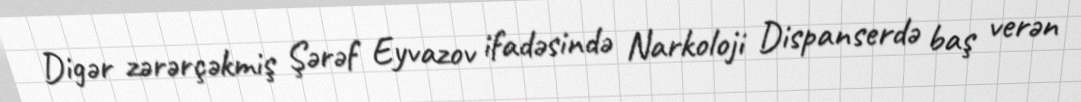
Digər zərərçəkmiş Şərəf Eyvazov ifadəsində Narkoloji Dispanserdə baş verən